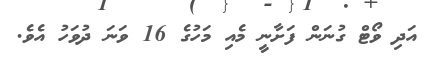
އަދި ވޯޓް ގުނަން ފަށާނީ މެއި މަހުގެ 16 ވަނަ ދުވަހު އެވެ.